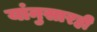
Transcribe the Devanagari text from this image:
यांनुसारही